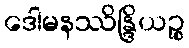
ဒေါမနဿိန္ဒြိယဉ္စ